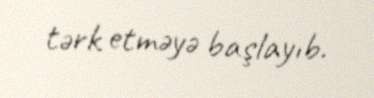
tərk etməyə başlayıb.